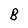
Character: B